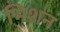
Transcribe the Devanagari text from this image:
भिशन